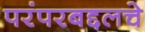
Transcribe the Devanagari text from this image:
परंपरबद्दलचे